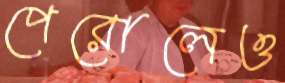
পেরোলেও